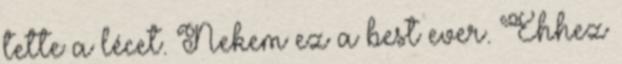
tette a lécet. Nekem ez a best ever. Ehhez